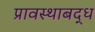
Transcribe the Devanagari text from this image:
प्रावस्थाबद्ध